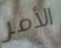
الأمر